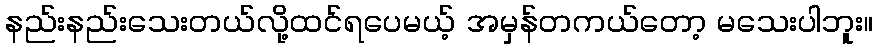
နည်းနည်းသေးတယ်လို့ထင်ရပေမယ့် အမှန်တကယ်တော့ မသေးပါဘူး။